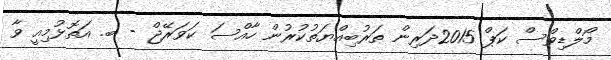
މޯލްޑިވްސް ކަޕް 2015ދަރިން ތަރުބިއްޔަތުކުރުން ހާއްސަ ކަވަރޭޖް - ބ. އަތޮޅުމިއީ ވާ